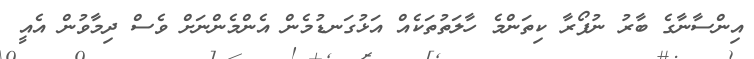
އިންސާނާގެ ބާރު ނުފޯރާ ކިތަންމެ ހާލަތުތަކެއް އަޅުގަނޑުމެން އެންމެންނަށް ވެސް ދިމާވުން އެއީ